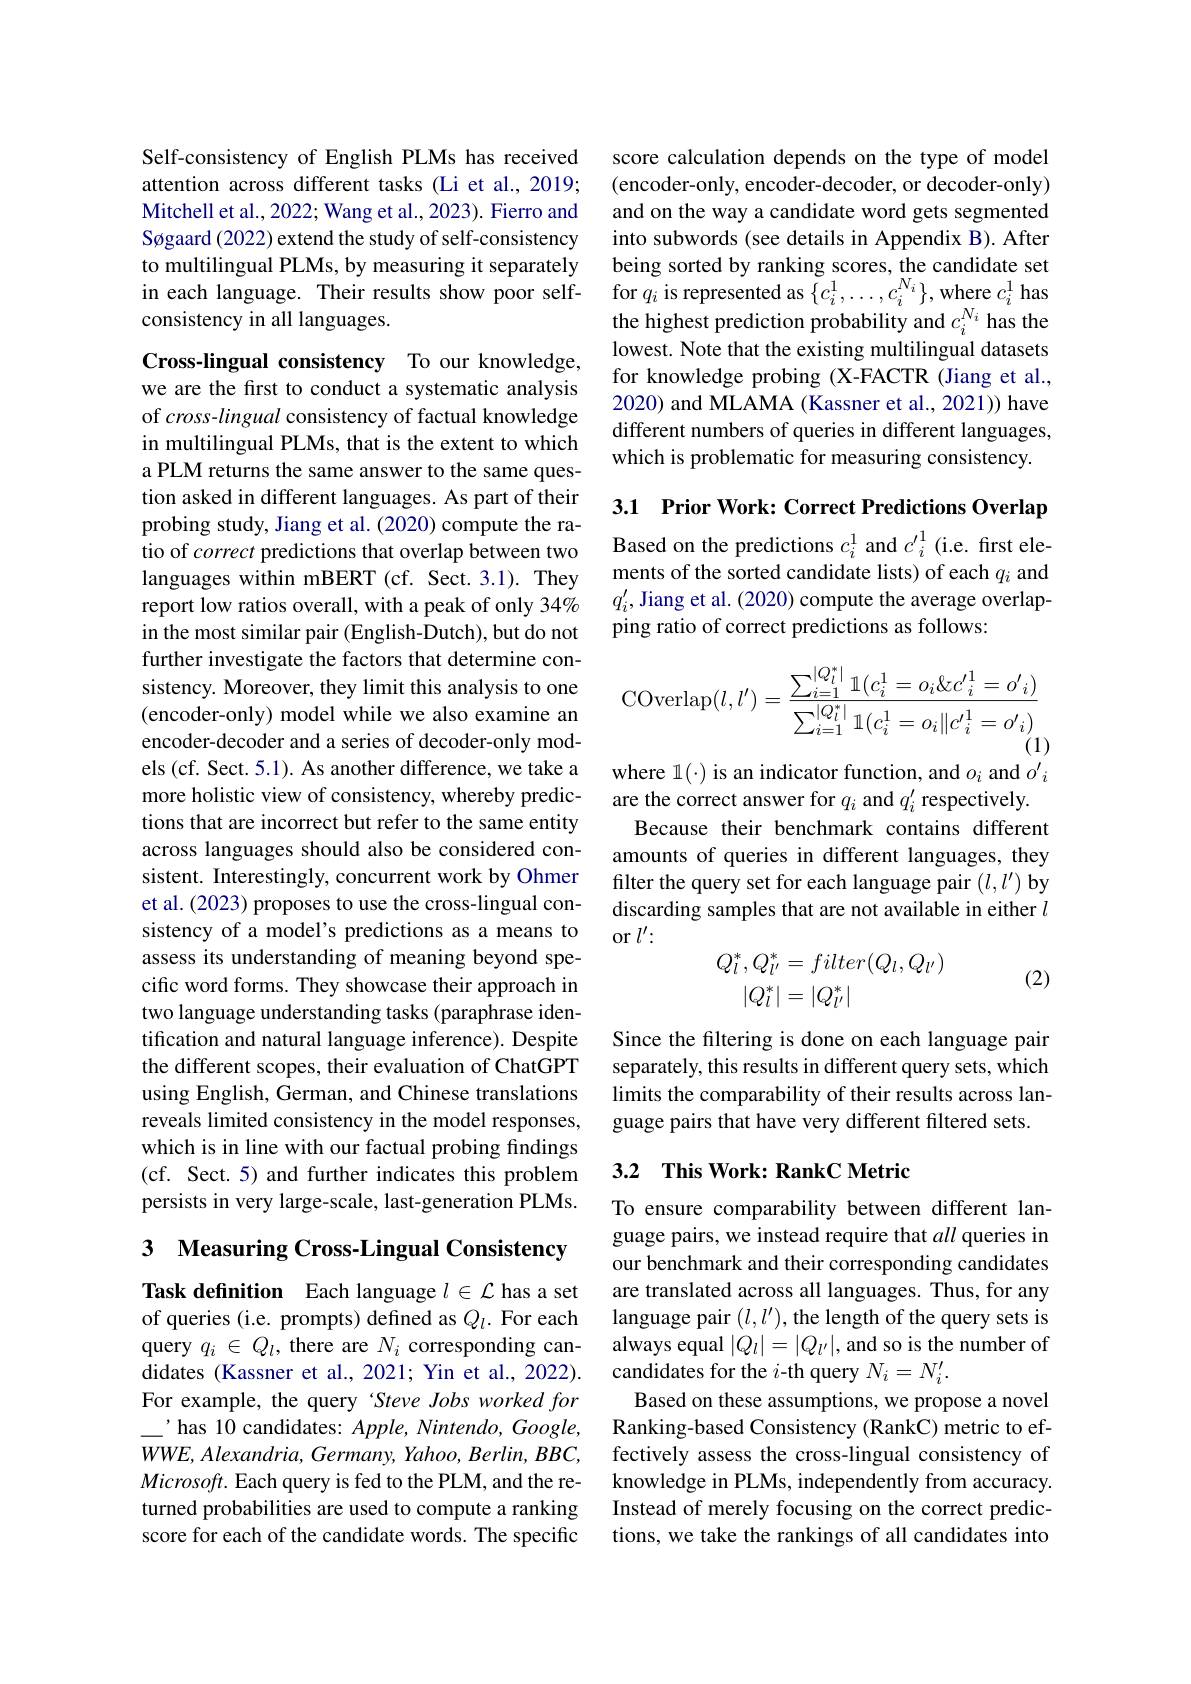
Self-consistency of English PLMs has received attention across different tasks (Li et al., 2019; Mitchell et al., 2022; Wang et al., 2023). Fierro and Søgaard (2022) extend the study of self-consistency to multilingual PLMs, by measuring it separately in each language. Their results show poor self- for $q_i$ is represented as $\{c_i^1,\ldots,c_i^{N_i}\}$, where $c_i^1$ has
consistency in all languages.

Cross-lingual consistency To our knowledge, we are the first to conduct a systematic analysis of cross-lingual consistency of factual knowledge in multilingual PLMs, that is the extent to which a PLM returns the same answer to the same question asked in different languages. As part of their probing study, Jiang et al. (2020) compute the ratio of correct predictions that overlap between two languages within mBERT (cf. Sect.3.1). They report low ratios overall, with a peak of only 34% in the most similar pair (English-Dutch), but do not further investigate the factors that determine consistency. Moreover, they limit this analysis to one (encoder-only) model while we also examine an encoder-decoder and a series of decoder-only models (cf. Sect. 5.1). As another difference, we take a more holistic view of consistency, whereby predictions that are incorrect but refer to the same entity across languages should also be considered consistent. Interestingly, concurrent work by Ohmer et al. (2023) proposes to use the cross-lingual consistency of a model's predictions as a means to assess its understanding of meaning beyond specific word forms. They showcase their approach in two language understanding tasks (paraphrase identification and natural language inference). Despite the different scopes, their evaluation of ChatGPT using English, German, and Chinese translations reveals limited consistency in the model responses, which is in line with our factual probing findings (cf. Sect. 5) and further indicates this problem persists in very large-scale, last-generation PLMs.

3 Measuring Cross-Lingual Consistency

Task definition Each language $l\in\mathcal{L}$ has a set of queries (i.e. prompts) defined as $Q_l.$ For each query $q_i\in Q_l$, there are $N_i$ corresponding candidates (Kassner et al., 2021; Yin et al., 2022). For example, the query Steve Jobs worked for $\_^{\prime}$ has 10 candidates: Apple, Nintendo, Google, $WWE,Alexandria,Germany,Yahoo,Berlin,BBC$, Microsoft. Each query is fed to the PLM, and the returned probabilities are used to compute a ranking score for each of the candidate words. The specific

score calculation depends on the type of model (encoder-only, encoder-decoder, or decoder-only) and on the way a candidate word gets segmented into subwords (see details in Appendix B). After being sorted by ranking scores, the candidate set the highest prediction probability and $c_i^{N_i}$ has the lowest. Note that the existing multilingual datasets for knowledge probing (X-FACTR (Jiang et al., 2020) and MLAMA (Kassner et al., 2021)) have different numbers of queries in different languages, which is problematic for measuring consistency.

3.1 Prior Work: Correct Predictions Overlap

Based on the predictions $c_i^1$ and $c_i^{\prime1}$ (i.e. first elements of the sorted candidate lists) of each $q_i$ and $q_{i}^{\prime}$, Jiang et al. (2020) compute the average overlapping ratio of correct predictions as follows:
$$\mathrm{COverlap}(l,l')=\frac{\sum_{i=1}^{|Q_i^*|}\mathbb{1}(c_i^1=o_i\&c'_i^1=o'_i)}{\sum_{i=1}^{|Q_i^*|}\mathbb{1}(c_i^1=o_i\|c'_i^1=o'_i)}$$
where $\mathbb{1}(\cdot)$ is an indicator function, and $o_i$ and $o^\prime i$

are the correct answer for $q_i$ and $q_i^{\prime}$ respectively.
Because their benchmark contains different amounts of queries in different languages, they filter the query set for each language pair $(l,l^{\prime})$ by discarding samples that are not available in either $l$ or $l^\prime:$
$$\begin{aligned}Q_l^*,Q_{l'}^*&=filter(Q_l,Q_{l'})\\|Q_l^*|&=|Q_{l'}^*|\end{aligned}$$
(2)

Since the filtering is done on each language pair separately, this results in different query sets, which limits the comparability of their results across language pairs that have very different filtered sets.

## 3.2 This Work: RankC Metric

To ensure comparability between different language pairs, we instead require that all queries in our benchmark and their corresponding candidates are translated across all languages. Thus, for any language pair $(l,l^{\prime})$,the length of the query sets is always equal $|Q_l|=|Q_{l^{\prime}}|$, and so is the number of candidates for the $i$-th query $N_i=N_i^{\prime}.$
Based on these assumptions, we propose a novel Ranking-based Consistency (RankC) metric to effectively assess the cross-lingual consistency of knowledge in PLMs, independently from accuracy. Instead of merely focusing on the correct predictions, we take the rankings of all candidates into